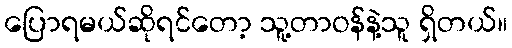
ပြောရမယ်ဆိုရင်တော့ သူ့တာဝန်နဲ့သူ ရှိတယ်။